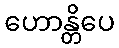
ဟောန္တိပေ